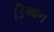
ડિઆન